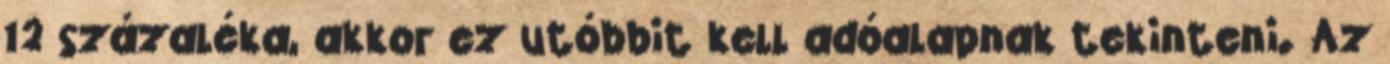
12 százaléka, akkor ez utóbbit kell adóalapnak tekinteni. Az